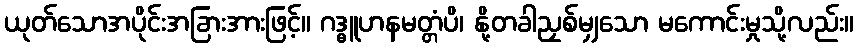
ယုတ်သောအပိုင်းအခြားအားဖြင့်။ ဂဒ္ဓူဟနမတ္တံပိ၊ နို့တခါညှစ်မျှသော မကောင်းမှုသို့လည်း။